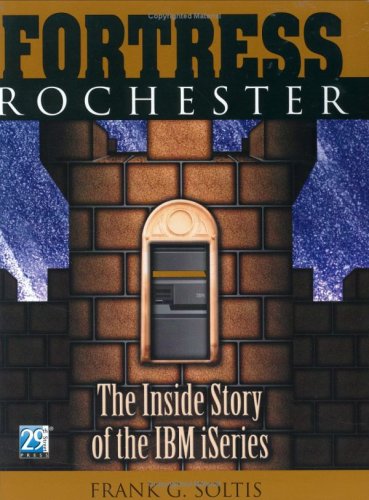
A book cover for Fortress Rochester: The Inside Story of the IBM iSeries; Frank G. Soltis; Computers & Technology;